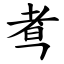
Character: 䎞